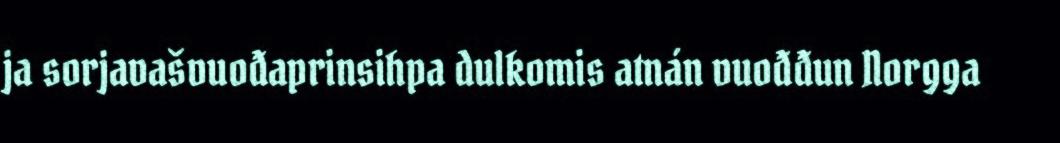
ja sorjavašvuođaprinsihpa dulkomis atnán vuođđun Norgga